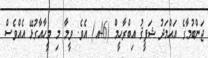
ޖަންބުމާގެ އަޙްމަދު ޝަފީޤު އިބްރާހީމް (46އ) އެވެ. ވީމާ މި މީހާއާގުޅޭ އެއްވެސް